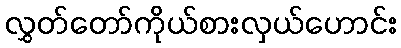
လွှတ်တော်ကိုယ်စားလှယ်ဟောင်း